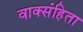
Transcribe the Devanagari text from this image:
वाक्संहिता